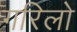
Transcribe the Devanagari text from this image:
गरिलो